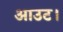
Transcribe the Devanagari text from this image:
आउट।